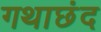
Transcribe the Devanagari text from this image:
गथाछंद